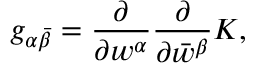
g _ { \alpha \bar { \beta } } = { \frac { \partial } { \partial w ^ { \alpha } } } { \frac { \partial } { \partial \bar { w } ^ { \beta } } } K ,